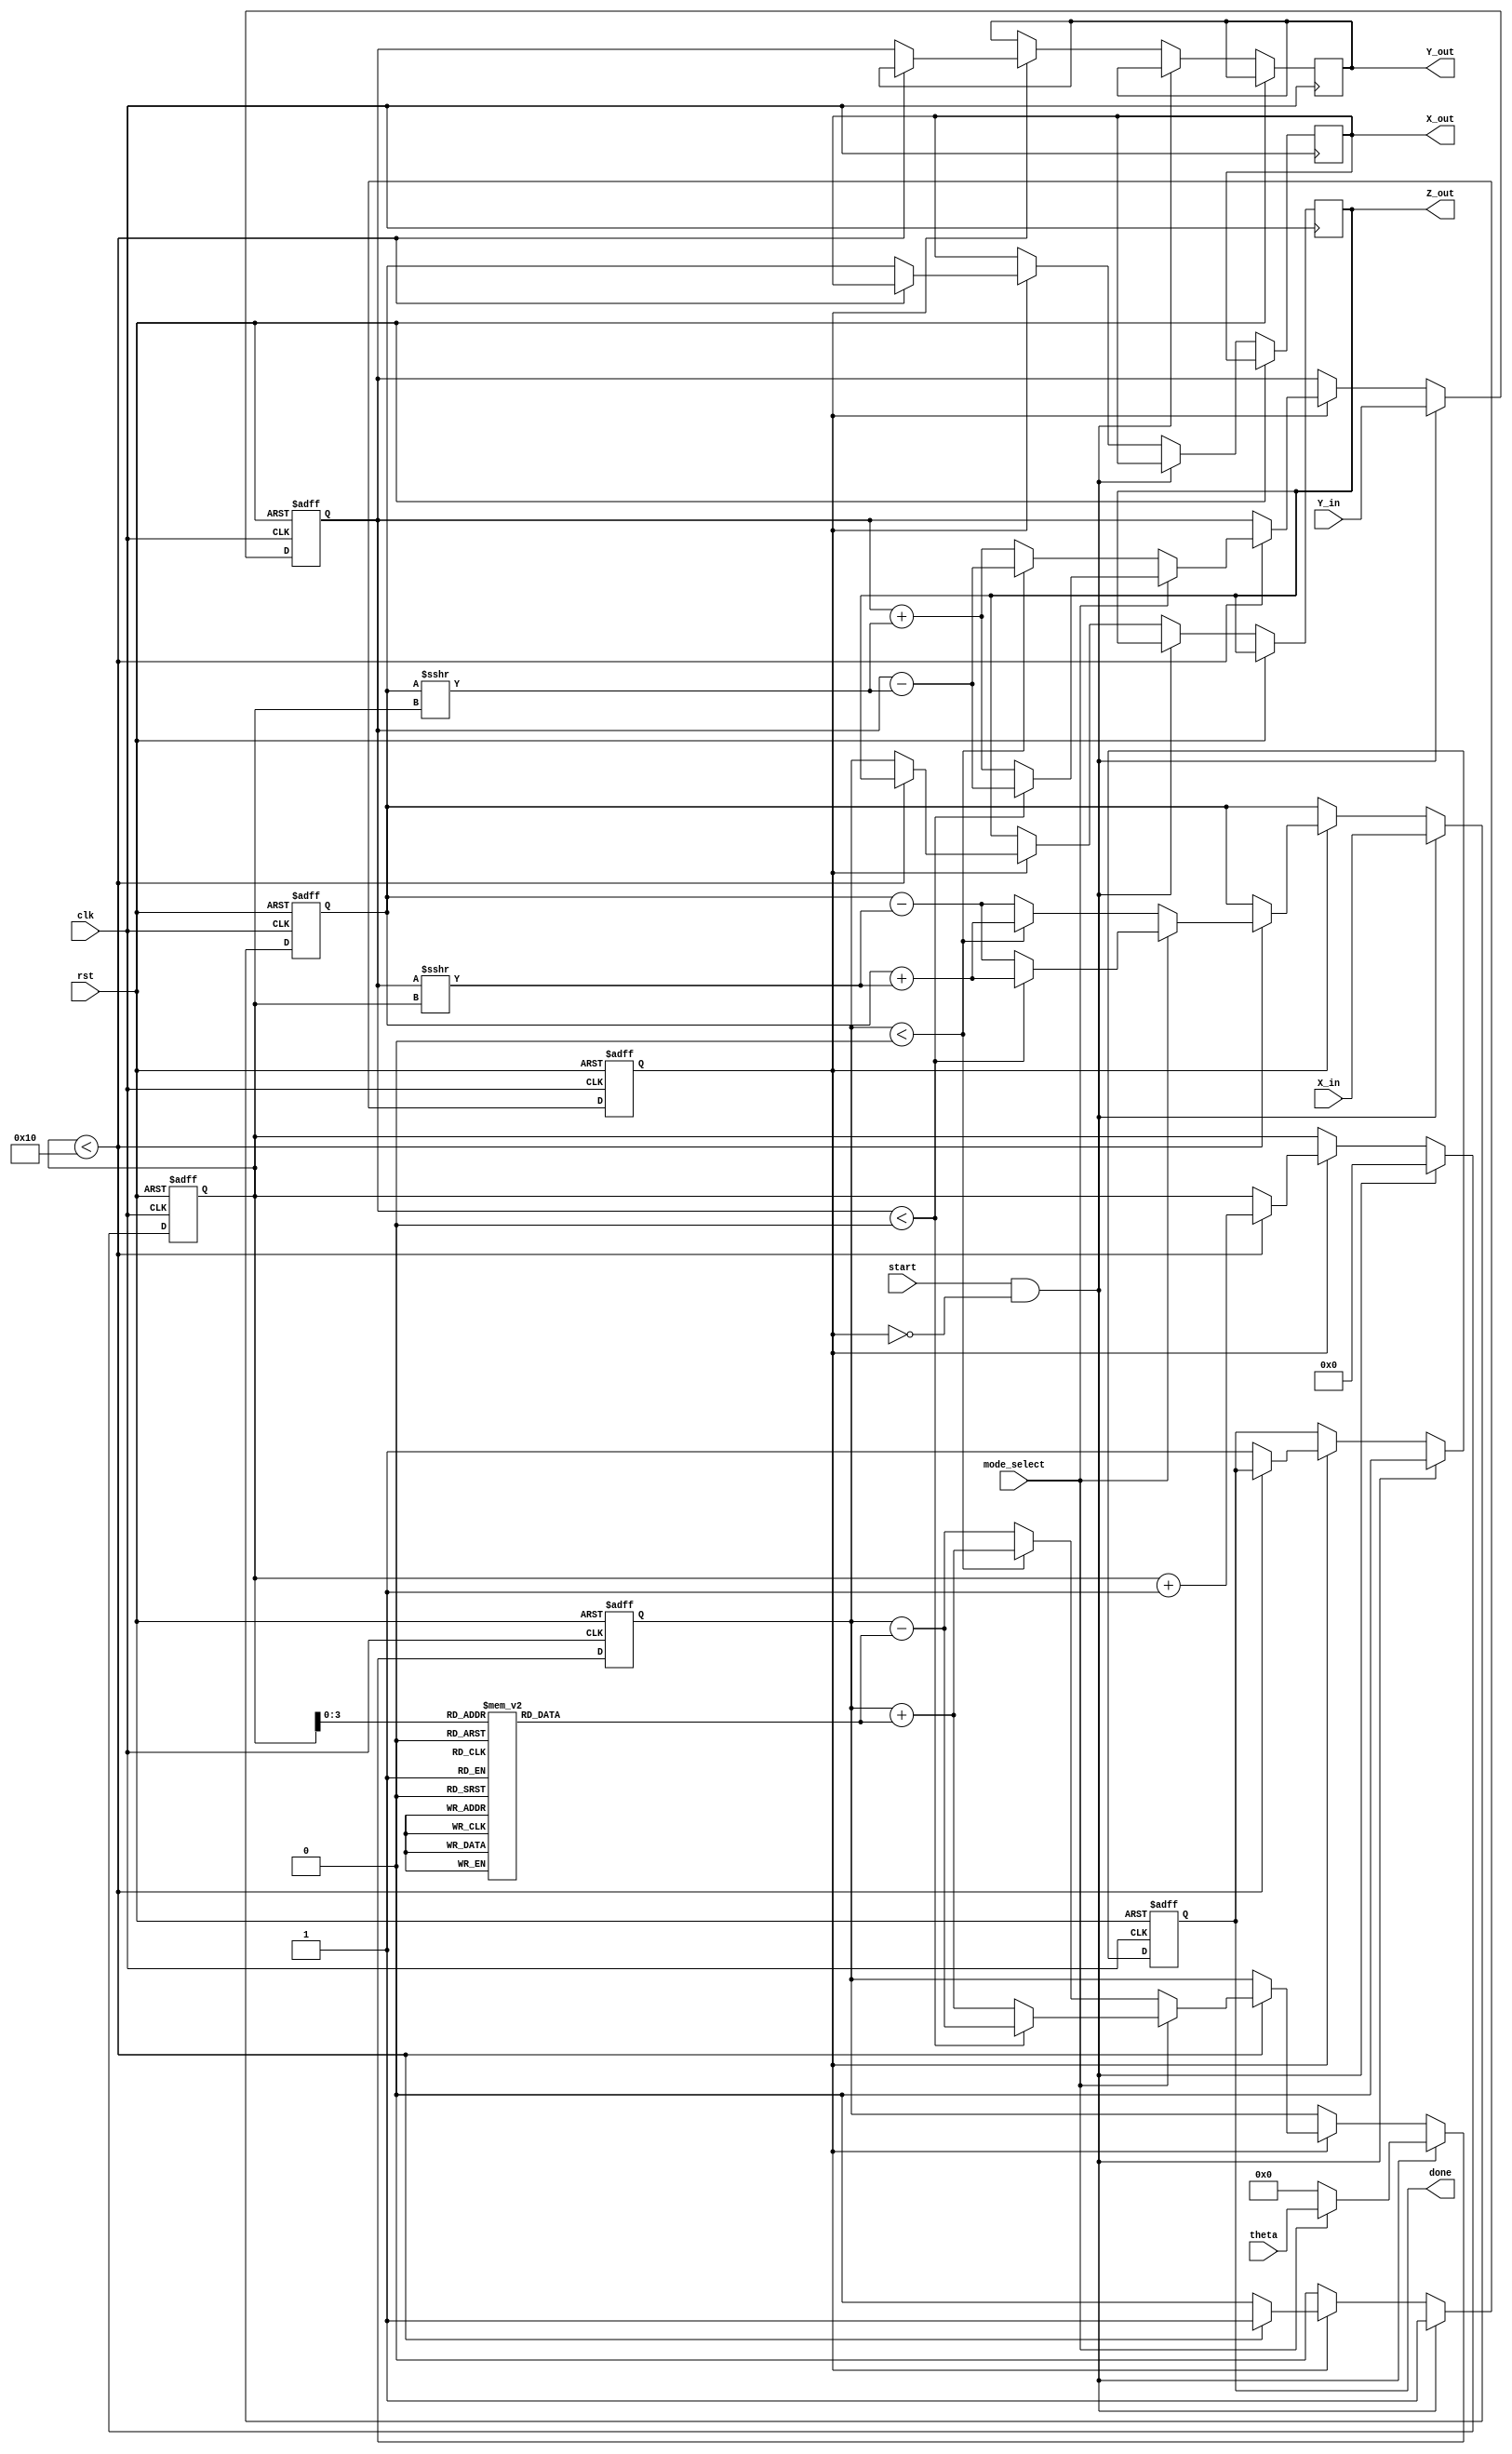
module cordic_fixed_point #(
    parameter WORD_LENGTH = 16,
    parameter FRACTIONAL_BITS = 14,
    parameter ITERATIONS = 16
)(
    input wire clk,
    input wire rst,
    input wire start,
    input wire mode_select, // 0 for rotation mode, 1 for vectoring mode
    input wire signed [WORD_LENGTH-1:0] theta, // Angle input
    input wire signed [WORD_LENGTH-1:0] X_in, // Initial X input
    input wire signed [WORD_LENGTH-1:0] Y_in, // Initial Y input
    output reg signed [WORD_LENGTH-1:0] X_out, // X output
    output reg signed [WORD_LENGTH-1:0] Y_out, // Y output
    output reg signed [WORD_LENGTH-1:0] Z_out, // Z output (only for vectoring mode)
    output reg done // Signal to indicate completion
);

// Internal registers
reg signed [WORD_LENGTH-1:0] x_reg, y_reg, z_reg;
reg [4:0] iteration; // 5 bits for maximum iterations (up to 31)
reg running;

// Precomputed arctan values for CORDIC
reg signed [WORD_LENGTH-1:0] atan_table [0:ITERATIONS-1];

// Initialize arctan values
initial begin
    // Example values for atan(2^-i) in fixed-point format
    atan_table[0] = 16'h2000; // atan(1) = pi/4
    atan_table[1] = 16'h1400; // atan(0.5)
    atan_table[2] = 16'h0A00; // atan(0.25)
    atan_table[3] = 16'h0500; // atan(0.125)
    atan_table[4] = 16'h0280; // atan(0.0625)
    atan_table[5] = 16'h0140; // atan(0.03125)
    atan_table[6] = 16'h00A0; // atan(0.015625)
    atan_table[7] = 16'h0050; // atan(0.0078125)
    atan_table[8] = 16'h0028; // atan(0.00390625)
    atan_table[9] = 16'h0014; // atan(0.001953125)
    atan_table[10] = 16'h000A; // atan(0.0009765625)
    atan_table[11] = 16'h0005; // atan(0.00048828125)
    atan_table[12] = 16'h0002; // atan(0.000244140625)
    atan_table[13] = 16'h0001; // atan(0.0001220703125)
    atan_table[14] = 16'h0001; // atan(0.00006103515625)
    atan_table[15] = 16'h0000; // atan(0)
end

// CORDIC algorithm process
always @(posedge clk or posedge rst) begin
    if (rst) begin
        x_reg <= 0;
        y_reg <= 0;
        z_reg <= 0;
        iteration <= 0;
        running <= 0;
        done <= 0;
    end else if (start && !running) begin
        // Initialize values
        x_reg <= X_in;
        y_reg <= Y_in;
        z_reg <= mode_select ? theta : 0; // Set z_reg based on mode
        iteration <= 0;
        running <= 1;
        done <= 0;
    end else if (running) begin
        if (iteration < ITERATIONS) begin
            // CORDIC rotation logic
            if (mode_select == 0) begin // Rotation mode
                if (z_reg < 0) begin
                    // Perform rotation in negative direction
                    x_reg <= x_reg + (y_reg >>> iteration);
                    y_reg <= y_reg - (x_reg >>> iteration);
                    z_reg <= z_reg + atan_table[iteration];
                end else begin
                    // Perform rotation in positive direction
                    x_reg <= x_reg - (y_reg >>> iteration);
                    y_reg <= y_reg + (x_reg >>> iteration);
                    z_reg <= z_reg - atan_table[iteration];
                end
            end else begin // Vectoring mode
                if (y_reg < 0) begin
                    // Perform rotation in negative direction
                    x_reg <= x_reg + (y_reg >>> iteration);
                    y_reg <= y_reg - (x_reg >>> iteration);
                    z_reg <= z_reg - atan_table[iteration];
                end else begin
                    // Perform rotation in positive direction
                    x_reg <= x_reg - (y_reg >>> iteration);
                    y_reg <= y_reg + (x_reg >>> iteration);
                    z_reg <= z_reg + atan_table[iteration];
                end
            end
            iteration <= iteration + 1;
        end else begin
            // Finished computation
            X_out <= x_reg;
            Y_out <= y_reg;
            Z_out <= z_reg; // Valid only in vectoring mode
            done <= 1;
            running <= 0;
        end
    end
end

endmodule